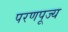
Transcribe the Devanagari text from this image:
परणपूज्य